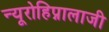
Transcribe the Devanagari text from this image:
न्यूरोहिप्नालाजी